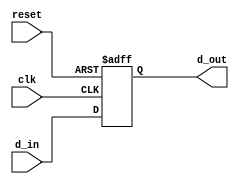
module ProgramCounter (
    input [7:0] d_in,
    input reset,
    input clk,
    output reg [7:0] d_out
);
    always @(posedge clk or posedge reset) begin
        if (reset)
            d_out <= 8'h00;
        else
            d_out <= d_in;
    end
endmodule